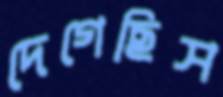
দেগেছিস